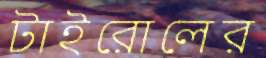
টাইরোলের